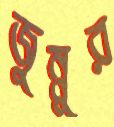
জুন্নুর